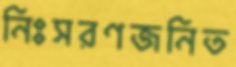
নিঃসরণজনিত